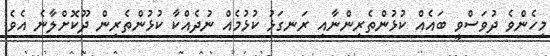
މިހެންވެ ދުވަސްވީ ބައެއް ކުޅުންތެރިންނާއި ރަނގަޅު ކުޅުމެއް ނުދެއްކާ ކުޅުންތެރިން ދޫކޮށްލާނެ އެވެ.